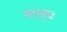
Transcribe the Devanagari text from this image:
महमूद।